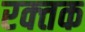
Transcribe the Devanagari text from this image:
रक्‍तक